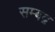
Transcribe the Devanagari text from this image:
सम्‍बद्व